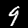
Label: 9